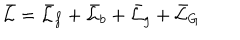
\bar { \cal L } = \bar { \cal L } _ { f } + \bar { \cal L } _ { b } + \bar { \cal L } _ { g } + \bar { \cal L } _ { G }